Vaccination in Bombay 1856-1862 - 1856-1862
Year: 1856
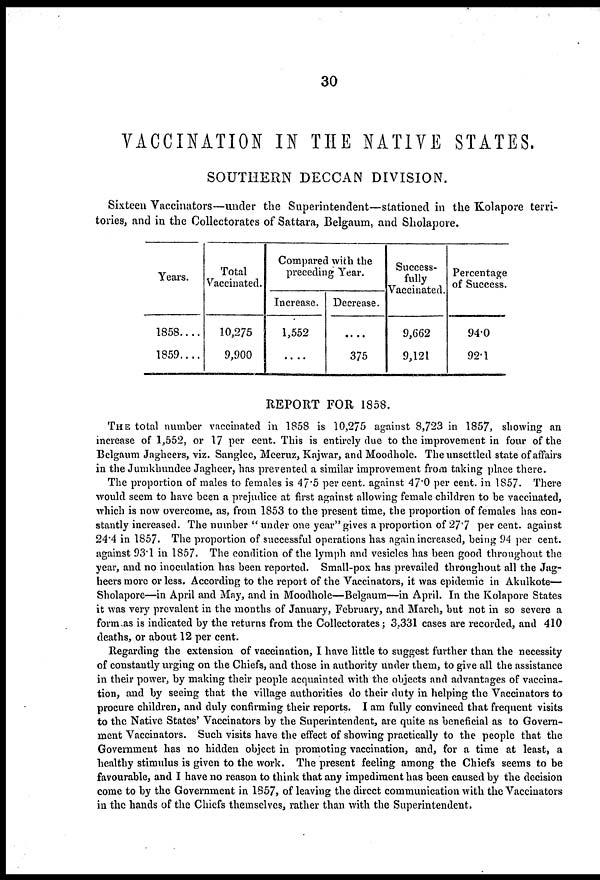
30
VACCINATION IN THE NATIVE STATES.
SOUTHERN DECCAN DIVISION.
Sixteen Vaccinators—under the Superintendent—stationed in the Kolapore terri-
tories, and in the Collectorates of Sattara, Belgaum, and Sholapore.
Years.
1858....
1859....
Total
Vaccinated.
10,275
9,900
Compared with the
preceding Year.
Increase.
1,552
. . . .
Decrease.
. . . .
375
Success-
fully
Vaccinated.
9,662
9,121
Percentage
of Success.
94.0
92.1
REPORT FOR 1858.
THE total number vaccinated in 1858 is 10,275 against 8,723 in 1857, showing an
increase of 1,552, or 17 per cent. This is entirely due to the improvement in four of the
Belgaum Jagheers, viz. Sanglee, Meeruz, Kajwar, and Moodhole. The unsettled state of affairs
in the Jumkhundee Jagheer, has prevented a similar improvement from taking place there.
The proportion of males to females is 47.5 per cent. against 47.0 per cent. in 1857. There
would seem to have been a prejudice at first against allowing female children to be vaccinated,
which is now overcome, as, from 1853 to the present time, the proportion of females has con-
stantly increased. The number " under one year" gives a proportion of 27.7 per cent. against
24.4 in 1857. The proportion of successful operations has again increased, being 94 per cent.
against 93.1 in 1857. The condition of the lymph and vesicles has been good throughout the
year, and no inoculation has been reported. Small-pox has prevailed throughout all the Jag¬
heers more or less. According to the report of the Vaccinators, it was epidemic in Akulkote—
Sholapore—in April and May, and in Moodhole—Belgaum—in April. In the Kolapore States
it was very prevalent in the months of January, February, and March, but not in so severe a
form as is indicated by the returns from the Collectorates; 3,331 cases are recorded, and 410
deaths, or about 12 per cent.
Regarding the extension of vaccination, I have little to suggest further than the necessity
of constantly urging on the Chiefs, and those in authority under them, to give all the assistance
in their power, by making their people acquainted with the objects and advantages of vaccina-
tion, and by seeing that the village authorities do their duty in helping the Vaccinators to
procure children, and duly confirming their reports. I am fully convinced that frequent visits
to the Native States' Vaccinators by the Superintendent, are quite as beneficial as to Govern-
ment Vaccinators. Such visits have the effect of showing practically to the people that the
Government has no hidden object in promoting vaccination, and, for a time at least, a
healthy stimulus is given to the work. The present feeling among the Chiefs seems to be
favourable, and I have no reason to think that any impediment has been caused by the decision
come to by the Government in 1857, of leaving the direct communication with the Vaccinators
in the hands of the Chiefs themselves, rather than with the Superintendent.